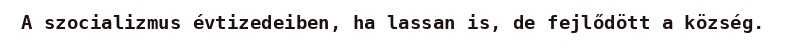
A szocializmus évtizedeiben, ha lassan is, de fejlődött a község.